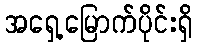
အရှေ့မြောက်ပိုင်းရှိ